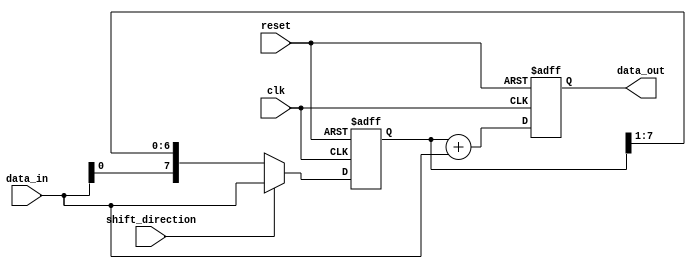
module ShiftAndAddRegister (
    input wire clk,
    input wire reset,
    input wire shift_direction,
    input wire [7:0] data_in,
    output reg [7:0] data_out
);

reg [7:0] shift_register;
reg [7:0] adder_result;

always @(posedge clk or posedge reset) begin
    if (reset) begin
        shift_register <= 8'b0;
        adder_result <= 8'b0;
    end else begin
        if (shift_direction) begin
            shift_register <= {shift_register[6:0], data_in};
        end else begin
            shift_register <= {data_in, shift_register[7:1]};
        end
        adder_result <= shift_register + data_in;
    end
end

assign data_out = adder_result;

endmodule